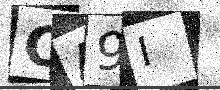
Text: CA9I